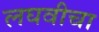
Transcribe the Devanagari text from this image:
लघवीचा